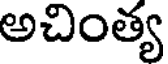
అచింత్య